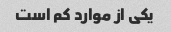
یکی از موارد کم است